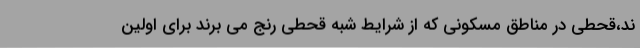
ند،قحطی در مناطق مسکونی که از شرایط شبه قحطی رنج می برند برای اولین